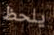
يلحظ